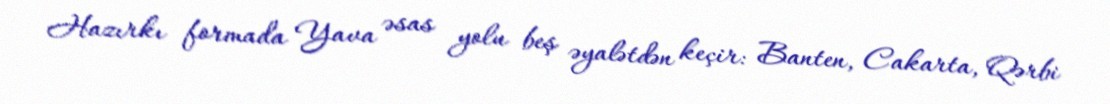
Hazırkı formada Yava əsas yolu beş əyalətdən keçir: Banten, Cakarta, Qərbi